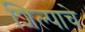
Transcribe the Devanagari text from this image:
शिल्पाचे